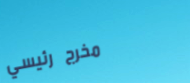
مخرج رئيسي